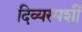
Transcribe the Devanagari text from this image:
दिव्यस्पर्शी